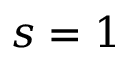
s = 1